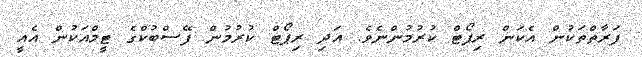
ފަރާތްތަކުން އެކަން ރިޕޯޓް ކުރުމުންނެވެ. އަދި ރިޕޯޓް ކުރުމުން ފޭސްބުކްގެ ޓީމްއަކުން އެއީ